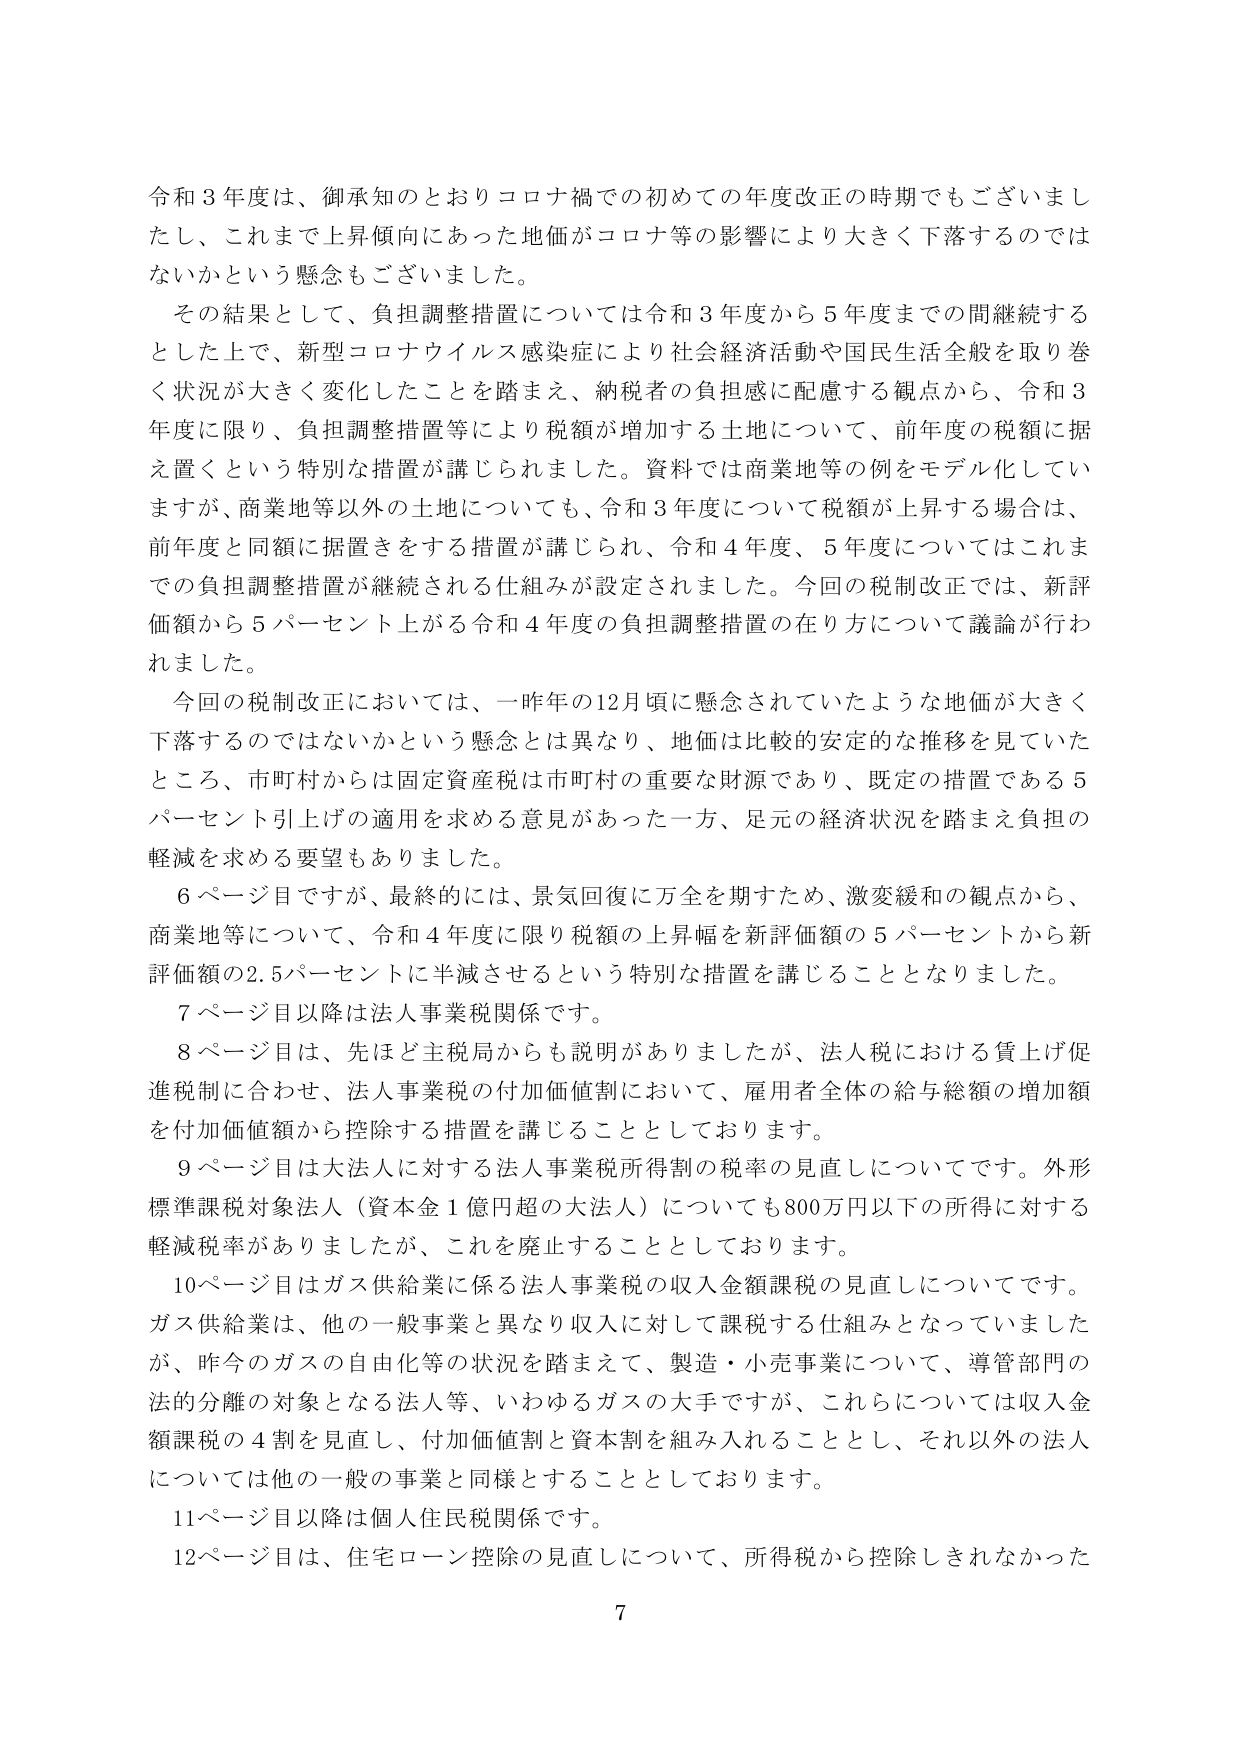
令和３年度は、御承知のとおりコロナ禍での初めての年度改正の時期でもございましたし、これまで上昇傾向にあった地価がコロナ等の影響により大きく下落するのではないかという懸念もございました。

その結果として、負担調整措置については令和３年度から５年度までの間継続するとした上で、新型コロナウイルス感染症により社会経済活動や国民生活全般を取り巻く状況が大きく変化したことを踏まえ、納税者の負担感に配慮する観点から、令和３年度に限り、負担調整措置等により税額が増加する土地について、前年度の税額に据え置くという特別な措置が講じられました。資料では商業地等の例をモデル化していますが、商業地等以外の土地についても、令和３年度について税額が上昇する場合は、前年度と同額に据置きをする措置が講じられ、令和４年度、５年度についてはこれまでの負担調整措置が継続される仕組みが設定されました。今回の税制改正では、新評価額から５パーセント上がる令和４年度の負担調整措置の在り方について議論が行われました。

今回の税制改正においては、一昨年の12月頃に懸念されていたような地価が大きく下落するのではないかという懸念とは異なり、地価は比較的安定的な推移を見ていたところ、市町村からは固定資産税は市町村の重要な財源であり、既定の措置である５パーセント引上げの適用を求める意見があった一方、足元の経済状況を踏まえ負担の軽減を求める要望もありました。

６ページ目ですが、最終的には、景気回復に万全を期すため、激変緩和の観点から、商業地等について、令和４年度に限り税額の上昇幅を新評価額の５パーセントから新評価額の2.5パーセントに半減させるという特別な措置を講じることとなりました。

７ページ目以降は法人事業税関係です。

８ページ目は、先ほど主税局からも説明がありましたか、法人税における賃上げ促進税制に合わせ、法人事業税の付加価値割において、雇用者全体の給与総額の増加額を付加価値額から控除する措置を講じることとしております。

９ページ目は大法人に対する法人事業税所得割の税率の見直しについてです。外形標準課税対象法人（資本金１億円超の大法人）についても800万円以下の所得に対する軽減税率がありましたが、これを廃止することとしております。

10ページ目はガス供給業に係る法人事業税の収入金額課税の見直しについてです。ガス供給業は、他の一般事業と異なり収入に対して課税する仕組みとなっていましたが、昨今のガスの自由化等の状況を踏まえて、製造・小売事業について、導管部門の法的分離の対象となる法人等、いわゆるガスの大手ですが、これらについては収入金額課税の４割を見直し、付加価値割と資本割を組み入れることとし、それ以外の法人については他の一般の事業と同様とすることとしております。

11ページ目以降は個人住民税関係です。

12ページ目は、住宅ローン控除の見直しについて、所得税から控除しきれなかった

7